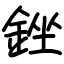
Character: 銼